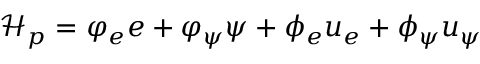
\mathcal { H } _ { p } = \varphi _ { e } e + \varphi _ { \psi } \psi + \phi _ { e } u _ { e } + \phi _ { \psi } u _ { \psi }